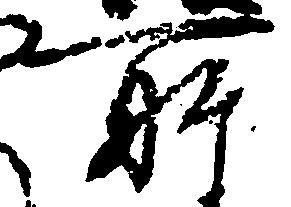
所